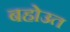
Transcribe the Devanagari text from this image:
बहोउत